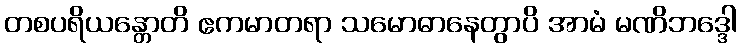
တစပရိယန္တောတိ ဧကမာတရာ သမောဓာနေတွာပိ အာမံ မဏိဘဒ္ဒေါ